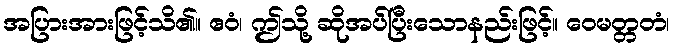
အပြားအားဖြင့်သိ၏။ ဧဝံ၊ ဤသို့ ဆိုအပ်ပြီးသောနည်းဖြင့်။ ဝေမတ္တတံ၊